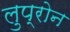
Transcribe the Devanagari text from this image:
लुप्रोन